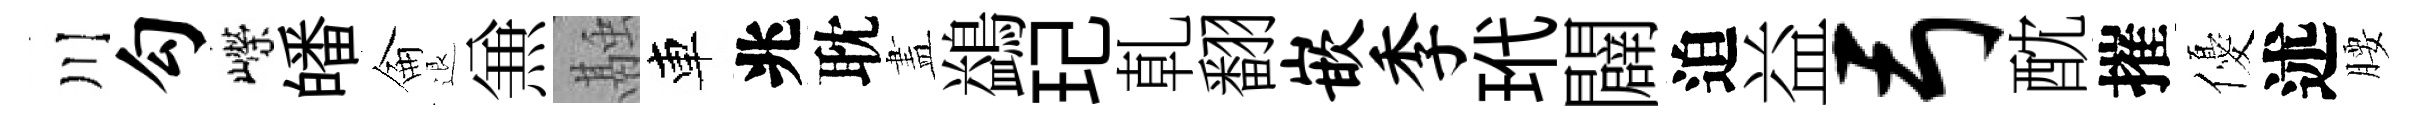
川勾嶸皤侖退𠔥融車兆耽𥁞鷁玘乹翻嵌季玳闢迫益弓酖摧優述腰